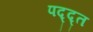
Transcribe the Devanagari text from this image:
पद्द्त